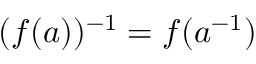
( f ( a ) ) ^ { - 1 } = f ( a ^ { - 1 } )